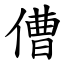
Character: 傮